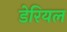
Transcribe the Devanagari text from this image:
डेरियल